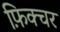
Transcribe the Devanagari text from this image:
फ़िक्चर